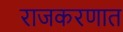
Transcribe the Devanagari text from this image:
राजकरणात